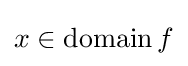
x\in \operatorname {domain} f